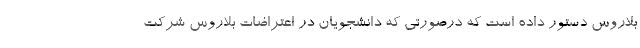
بلاروس دستور داده است که درصورتی که دانشجویان در اعتراضات بلاروس شرکت